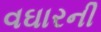
વઘારની